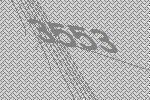
3553